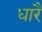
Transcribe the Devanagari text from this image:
धारै